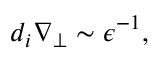
d _ { i } \nabla _ { \perp } \sim \epsilon ^ { - 1 } ,